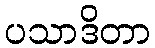
ပသာဒိတာ